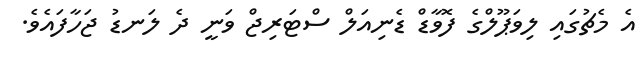
އެ މެޗުގައި ލިވަޕޫލްގެ ފޮވާޑް ޑެނިއަލް ސްޓަރިޖް ވަނީ ދެ ލަނޑު ޖަހާފައެވެ.